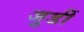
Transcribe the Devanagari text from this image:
जुडीं